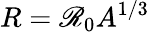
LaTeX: R=\mathscr{R}_{0}A^{1/3}